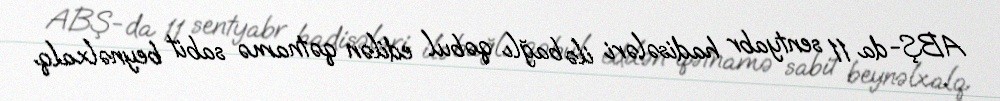
ABŞ-da 11 sentyabr hadisələri ilə bağlı qəbul edilən qətnamə sabit beynəlxalq